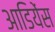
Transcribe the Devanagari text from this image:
आडियेंस